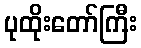
ပုထိုးတော်ကြီး